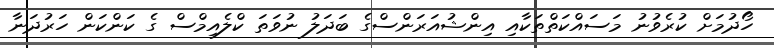
ހޯދުމަށް ކުރެވުނު މަސައްކަތްތަކާއި އިންޝުއަރަންސްގެ ބަދަލު ނުވަތަ ކްލެއިމްސް ގެ ކަންކަން ހަރުދަނާ